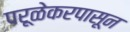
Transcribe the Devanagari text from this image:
परूळेकरपासून